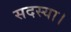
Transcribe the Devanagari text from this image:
सदस्या।